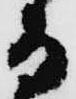
而